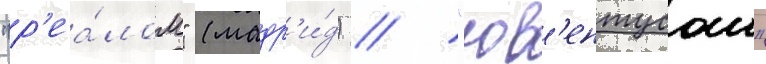
"р'еа́лом" (мадр'и́д) / "юв'ентусом"